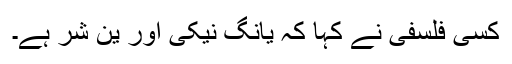
کسی فلسفی نے کہا کہ یانگ نیکی اور ین شر ہے۔